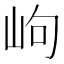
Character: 岣